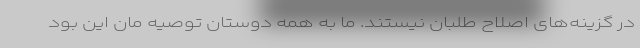
در گزینه‌های اصلاح طلبان نیستند. ما به همه دوستان توصیه مان این بود